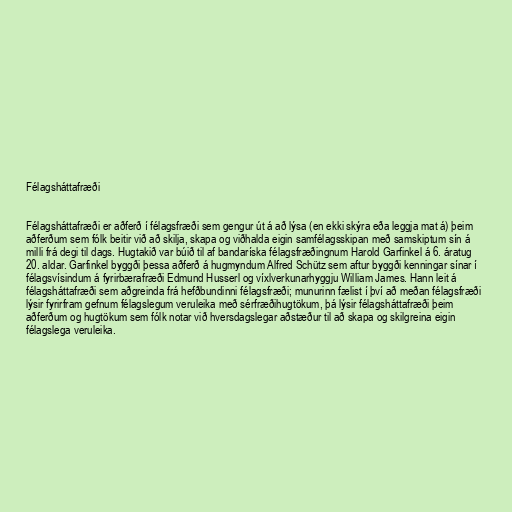
Félagsháttafræði

Félagsháttafræði er aðferð í félagsfræði sem gengur út á að lýsa (en ekki skýra eða leggja mat á) þeim
aðferðum sem fólk beitir við að skilja, skapa og viðhalda eigin samfélagsskipan með samskiptum sín á
milli frá degi til dags. Hugtakið var búið til af bandaríska félagsfræðingnum Harold Garfinkel á 6. áratug
20. aldar. Garfinkel byggði þessa aðferð á hugmyndum Alfred Schütz sem aftur byggði kenningar sínar í
félagsvísindum á fyrirbærafræði Edmund Husserl og víxlverkunarhyggju William James. Hann leit á
félagsháttafræði sem aðgreinda frá hefðbundinni félagsfræði; munurinn fælist í því að meðan félagsfræði
lýsir fyrirfram gefnum félagslegum veruleika með sérfræðihugtökum, þá lýsir félagsháttafræði þeim
aðferðum og hugtökum sem fólk notar við hversdagslegar aðstæður til að skapa og skilgreina eigin
félagslega veruleika.